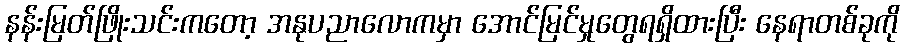
နန်းမြတ်ဖြိုးသင်းကတော့ အနုပညာလောကမှာ အောင်မြင်မှုတွေရရှိထားပြီး နေရာတစ်ခုကို